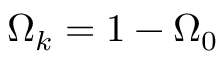
\Omega _ { k } = 1 - \Omega _ { 0 }